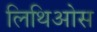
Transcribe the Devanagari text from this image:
लिथिओस